Leaving Certificate Examination, 1911. Written examination, 1911
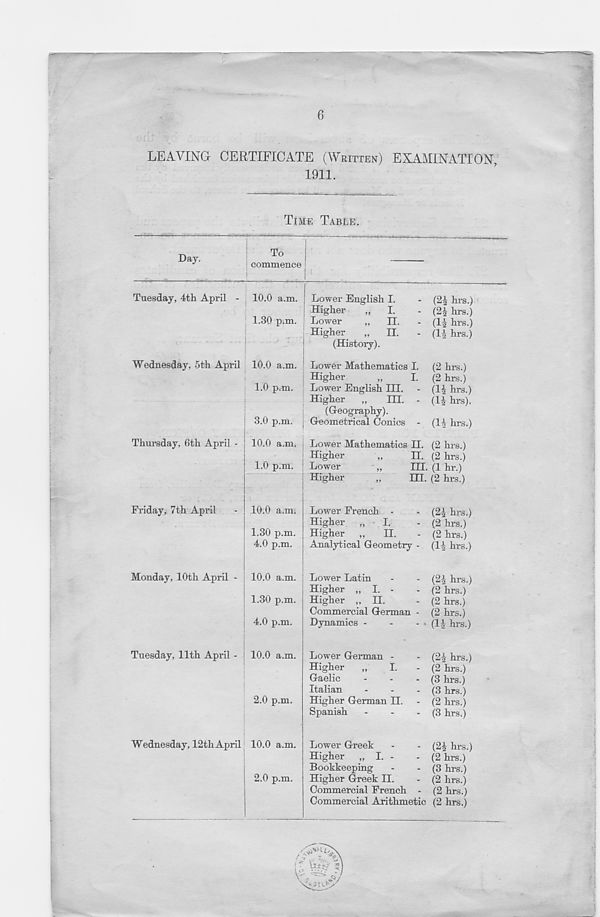
6
LEAVING CERTIFICATE (WRITTEN) EXAMINATION,
1911.
TIME TABLE.
Day.
To
commence !
I
Tuesday, 4th April - 10.0 a.m. j Lower English I. - (2£ hrs.)
j Higher
„
I.
- (2± hrs.)
1.30 p.m. ; Lower
„
II.
- (1£ hrs.)
Higher
„
II.
. (H hrs.)
(History).
Wednesday, 5th April 10.0 a.m. Lower Mathematics I. (2 hrs.)
Higher
„
I. (2 hrs.)
1.0 p.m. ! Lower English III. - (1| hrs.)
(li hrs).
Thursday, 6th April -
Lower English III.
Higher
„
III.
(Geography).
Geometrical Conics - (1A hrs.)
10.0 a.m. ; Lower Mathematics II. (2 hrs.)
Higher
„
II. (2 hrs.)
Lower
„
III. (1 hr.)
Higher
„
III. (2 hrs.)
Friday, 7th April
10.0 a.m. Lower French -
- (23 hrs.)
Higher „
I.
- (2 hrs.)
1.30 p.m. Higher „
II.
- (2 hrs.)
4.0 p.m.
Analytical Geometry - (H hrs.)
Monday, 10th April -
Tuesday, 11th April - 10.0 a.m.
2.0 p.m.
Wednesday, 12thApriL 10.0 a.m.
2.0 p.m.
Lower Latin
-
- (2A hrs.)
Higher „ I. -
- (2 hrs.)
Higher „ II.
- (2 hrs.)
Commercial German - (2 hrs.)
Dynamics -
-
- ■ (11 hrs.)
Lower German -
- (21 hrs.)
Higher
„
I.
- (2 hrs.)
Gaelic
-
-
* (3 hrs.)
Italian
-
-
- (3 hrs.)
Higher German II. - (2 hrs.)
Spanish
-
-
- (3 hrs.)
Lower Greek
-
- (21 hrs.)
Higher „ I. -
- (2 hrs.)
Bookkeeping
-
- (3 hrs.)
Higher Greek II.
- (2 hrs.)
Commercial French - (2 hrs.)
Commercial Arithmetic (2 hrs.)